Civil Veterinary Department Bihar & Orissa reports 1922-29 - 1922-1929
Year: 1922
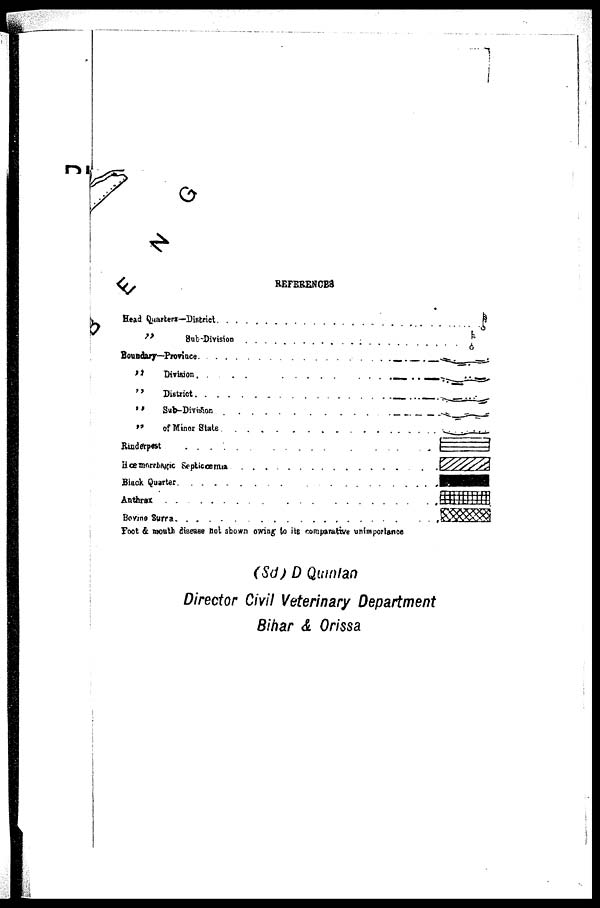
REFERENCES
Head Quarters—District.
...
"
Sub-Division
Boundary-Province
" Division. ...
...
"
District
" Sub-Division
...
" of Minor State
Rinderpest
...
Hoe morrbagic Septicoemua
Black Quarter
Anthrax
......
Bovine Surra
Foot & mouth disease llot shown owing' to its comparative unimportance
(Sd) D Qumlaa
Director Civil Veterinary Department
Bihar & Orissa